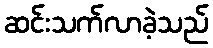
ဆင်းသက်လာခဲ့သည်